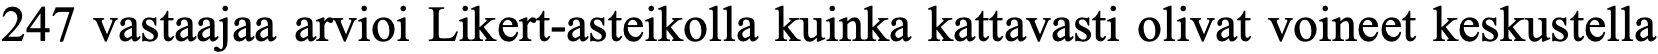
247 vastaajaa arvioi Likert-asteikolla kuinka kattavasti olivat voineet keskustella